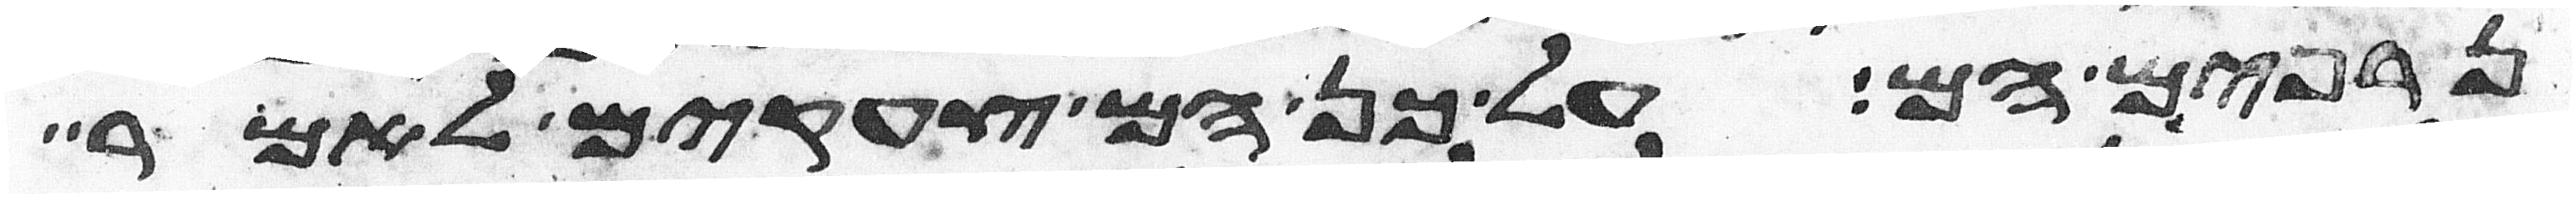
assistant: נרפים הם על כן הם צעקים לאמר